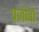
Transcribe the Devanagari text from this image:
प्रजीवों